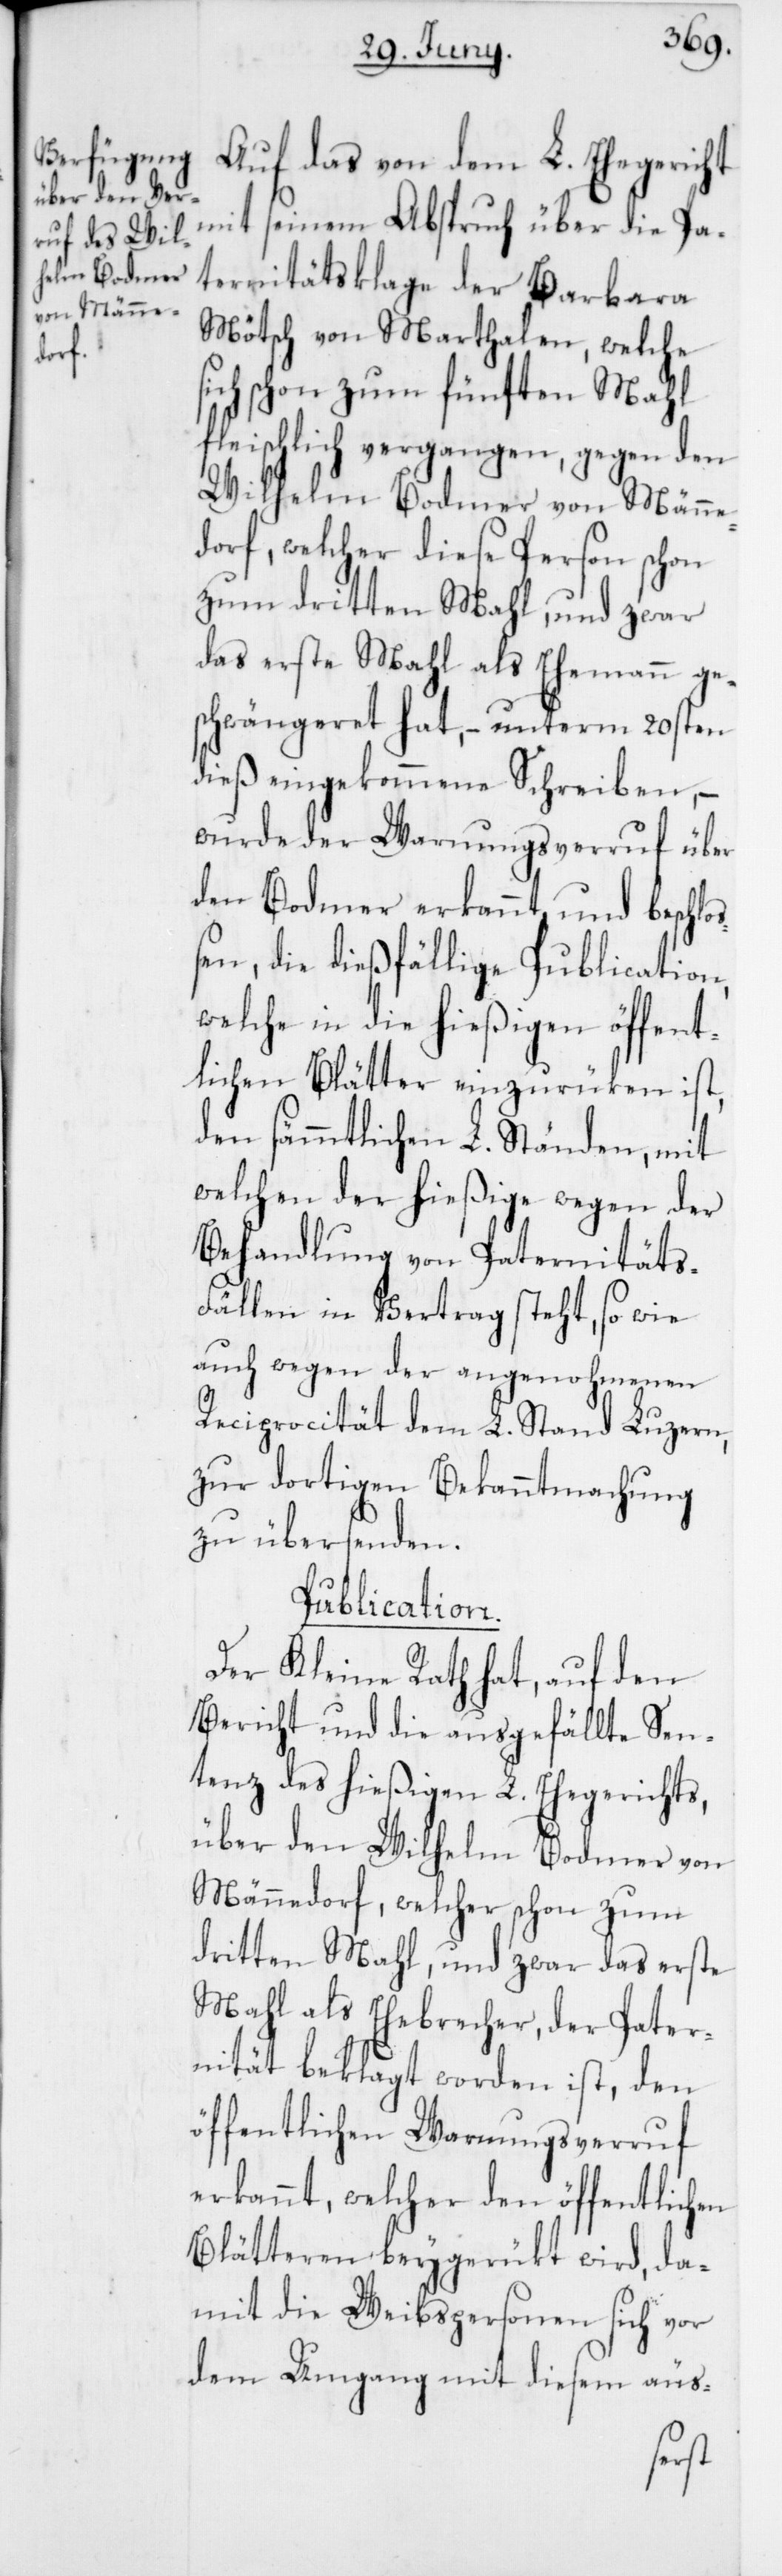
Auf das von dem L. Ehegericht
mit seinem Abspruch über die Pa¬
ternitätsklage der Barbara
Mötsch von Marthalen, welche
sich schon zum fünften Mahl
fleischlich vergangen, gegen den
Wilhelm Bodmer von Männe¬
dorf, welcher diese Person schon
zum dritten Mahl, und zwar
das erste Mahl als Ehemann ge¬
schwängeret hat, – unterm 20sten
dieß eingekommene Schreiben, –
wurde der Warnungsverruf über
den Bodmer erkannt, und beschlo¬
ßen, die dießfällige Publication,
welche in die hießigen öffent¬
lichen Blätter einzurüken ist,
den sämmtlichen L. Ständen, mit
welchen der hießige wegen der
Behandlung von Paternitäts-F¬
ällen in Vertrag steht, so wie
auch wegen der angenohmenen
Reciprocität dem L. Stand Luzern,
zu dortiger Bekanntmachung
zu übersenden.
Publication.
Der Kleine Rath hat, auf den
Bericht und die ausgefällte Sen¬
tenz des hießigen L. Ehegerichts,
über den Wilhelm Bodmer von
Männedorf, welcher schon zum
dritten Mahl, und zwar das erste
Mahl als Ehebrecher, der Pater¬
nität beklagt worden ist, den
öffentlichen Warnungsverruf
erkannt, welcher den öffentlichen
Blätteren beygerükt wird, da¬
mit die Weibspersonen sich vor
dem Umgang mit diesem äus-